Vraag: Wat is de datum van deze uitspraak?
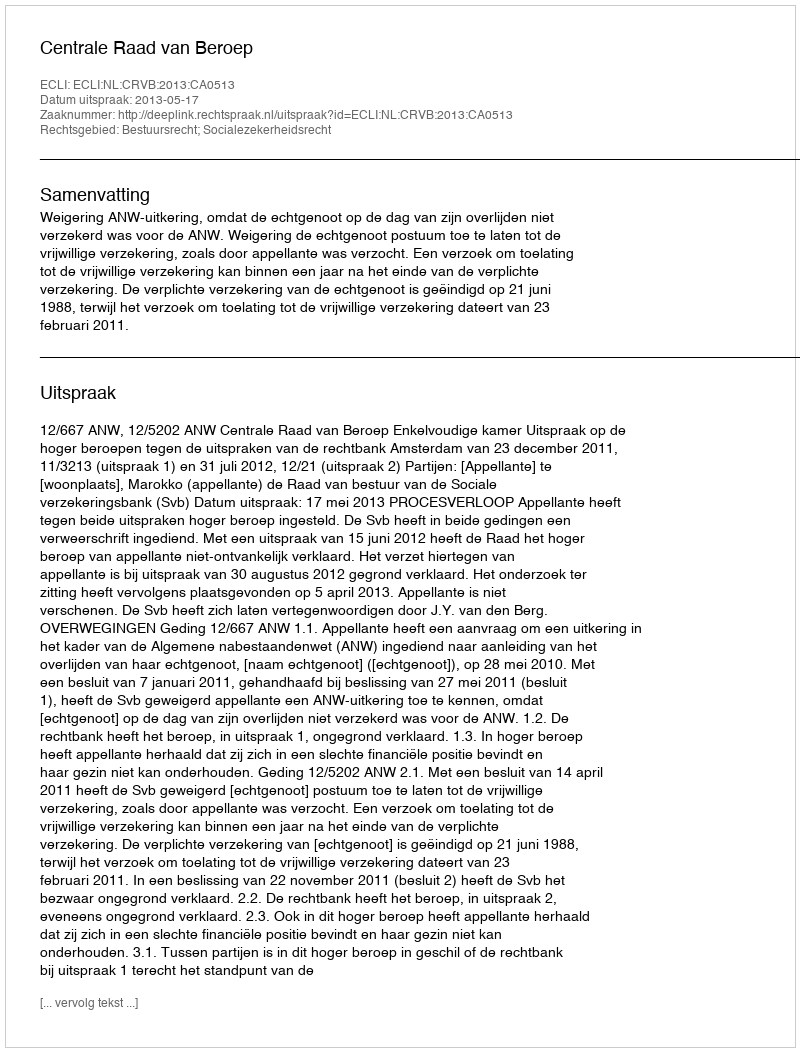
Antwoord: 2013-05-17